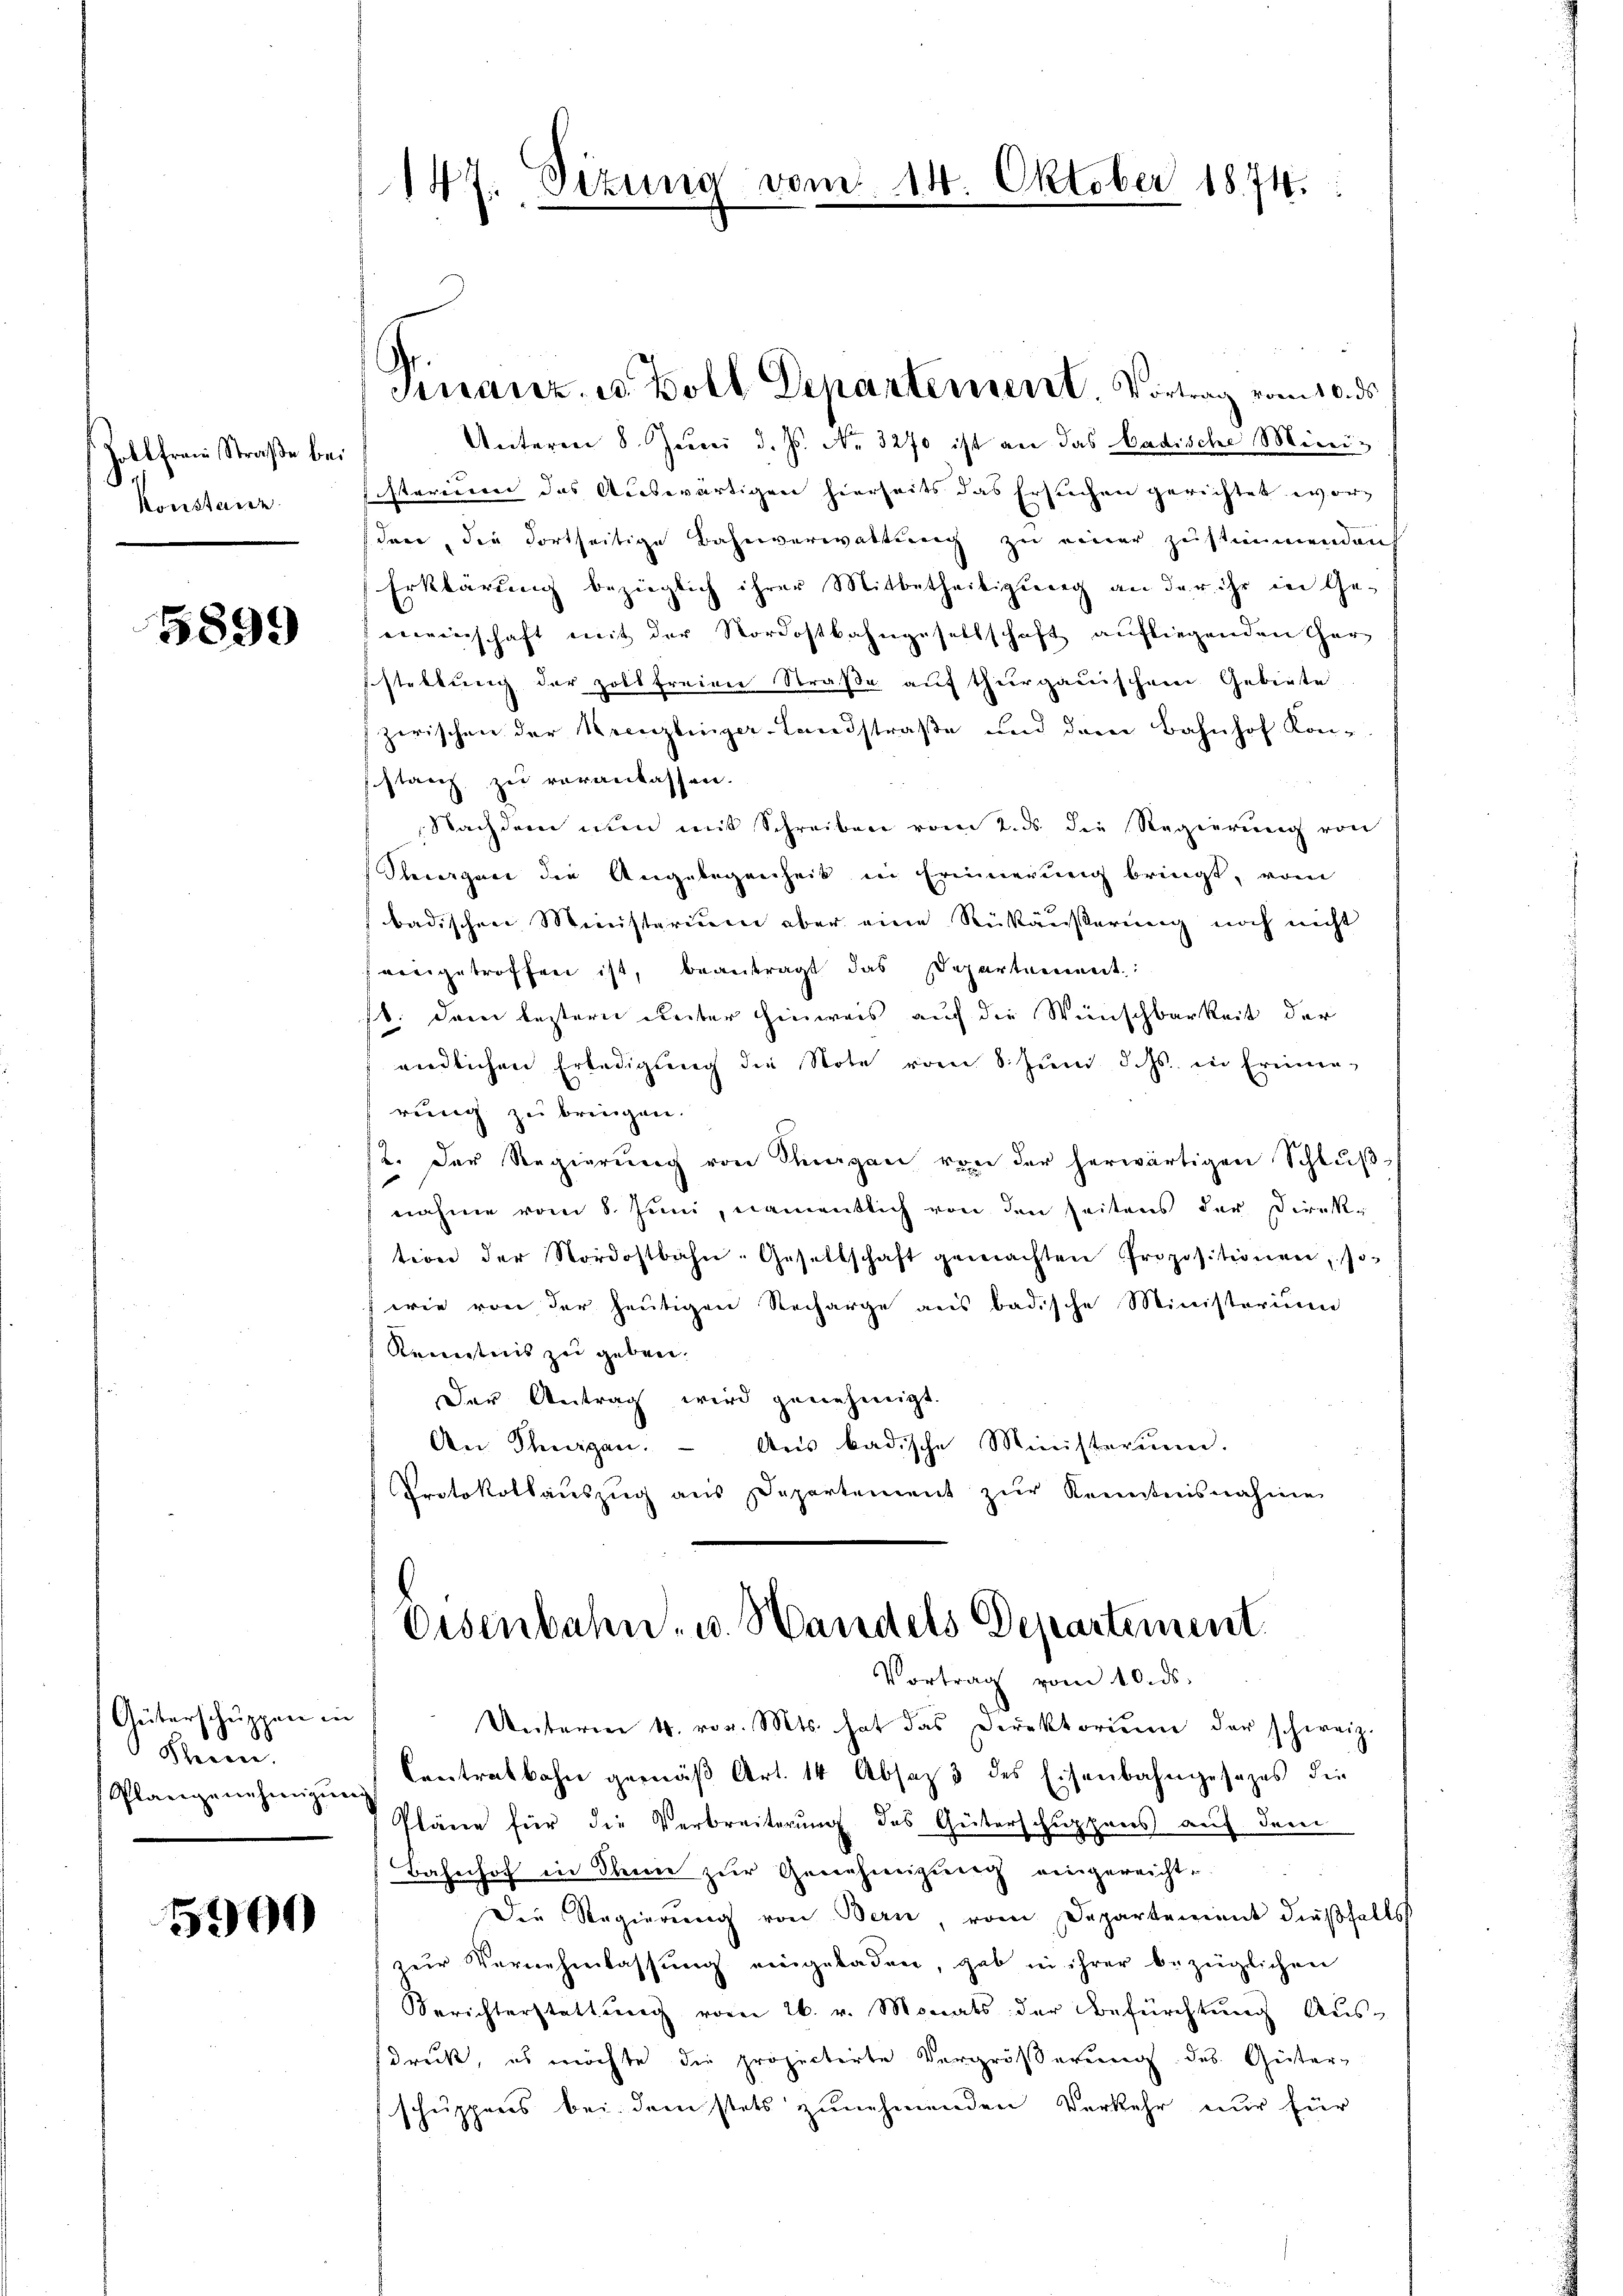
Zoll frau Straße bei
Konstanz

5899

Güterschuppen in
Seien.
Plangenehmigun

5900

147. Sitzung vom

Finanz- u. Boll Departement. Vortrag vom 10. ds.
Unterm 8. Juni d. Js. No. 3270 ist an das Badische Minisisterium das Auswärtigen hierseits das Ersuchen gerichtet worden, die Fortseitige Bahnverwaltung zu einer zustimmenden
Erklärung bezieglich ihrer Mitbetheiligung an der ihr in Gemeinschaft mit der Nordostbahngesellschaft aufliegenden Garstellung der zollfreien Straße auf thurgauischem Gebiete
zwischen der Kreuzlinger-Landstraße und dem Bahnhof Kon-
stanz zu veranlassen.
Nachdem nun mit Schreiben vom 2. ds die Regierung von
Klagen die Angelegenheit in Erinnerung bringt, vom
badischen Ministerium aber eine Rükäußerung noch nicht
feingetroffen ist, beantragt das Departement:
b. dem leztern Reiter hinweis auf die Wünschbarkeit der
endlichen Erledigung die Note vom 8. Jŭn d. Js. in Erinne-
rung zu bringen.
2. Der Regierŭng von Kragen von der herwärtigen Schlŭβ-
nahme vom 8. Juni, namentlich von den seitens der Direktion der Nordostbahn-Gesellschaft gemachten Propositionen, so-
f wie von der heutigen Recharge aus badische Ministerium
Kenntnis zu geben.
Der Antrag wird genehmigt.
An Thurgau.  Aus badische Ministerium.
Protokollauszug aus Departement zŭr Kenntnisnahme

Unterm 4. vor. Mts. hat das Direktorium der schweiz.
Contralbahn gemäß Art. 14 Absatz 3 des Eisenbahngesezes die
au
Pläne für die Verbreiterung des Güterschuppens auf dem
Bahnhof in dann zur Genehmigung eingereicht¬
Die Regierung von Bern, vom Departement dießfalls
zur Vernehmlassŭng eingeladen, gab in ihrer bezüglichen
Berichterstattŭng vom 26. v. Monats der Befürchtŭng Aŭs-
sdruck, es möchte die projectirte Vergrößerung des Güter-
schuppens bei dem stets zunehmenden Verkehr nur für

14. Oktober 1874.

Eisenbahn- u. Handels Departement.
Vortrag vom 10. ds.